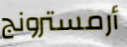
أرمسترونج